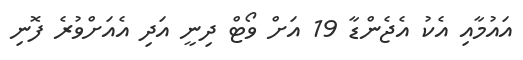
އައުމާއި އެކު އެޖެންޑާ 19 އަށް ވޯޓް ދިނީ އަދި އެއަށްވުރެ ފޮނި